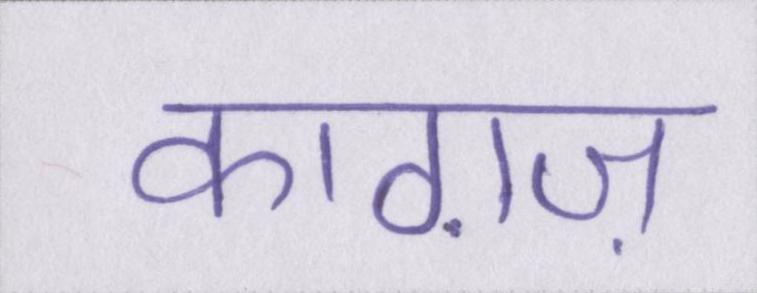
काग़ज़